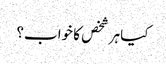
کیا ہر شخص کا خواب؟